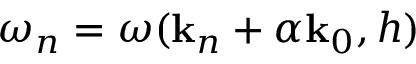
\omega _ { n } = \omega ( \mathbf { k } _ { n } + \alpha \mathbf { k } _ { 0 } , h )